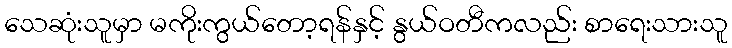
သေဆုံးသူမှာ မကိုးကွယ်တော့ရန်နှင့် နွယ်ဝတီကလည်း စာရေးသားသူ